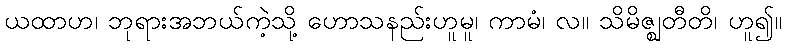
ယထာဟ၊ ဘုရားအဘယ်ကဲ့သို့ ဟောသနည်းဟူမူ၊ ကာမံ၊ လ။ သိမိဇ္ဈတီတိ၊ ဟူ၍။